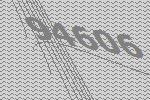
94606